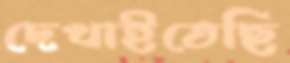
দেখাইতেছি